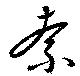
索